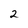
Character: 2